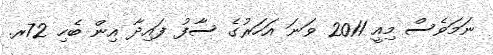
ނަމަވެސް މިއީ 2011 ވަނަ އަހަރުގެ ސާފު ފައިދާ އިން ބެހި 72ރ.